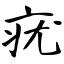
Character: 疣